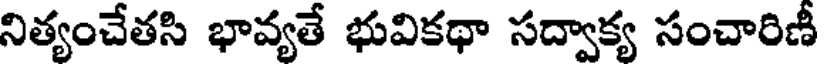
నిత్యంచేతసి భావ్యతే భువికథా సద్వాక్య సంచారిణీ